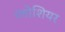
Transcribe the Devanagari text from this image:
ग्लोशियर